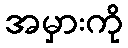
အမှားကို